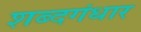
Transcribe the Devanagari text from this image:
शब्दगंधार